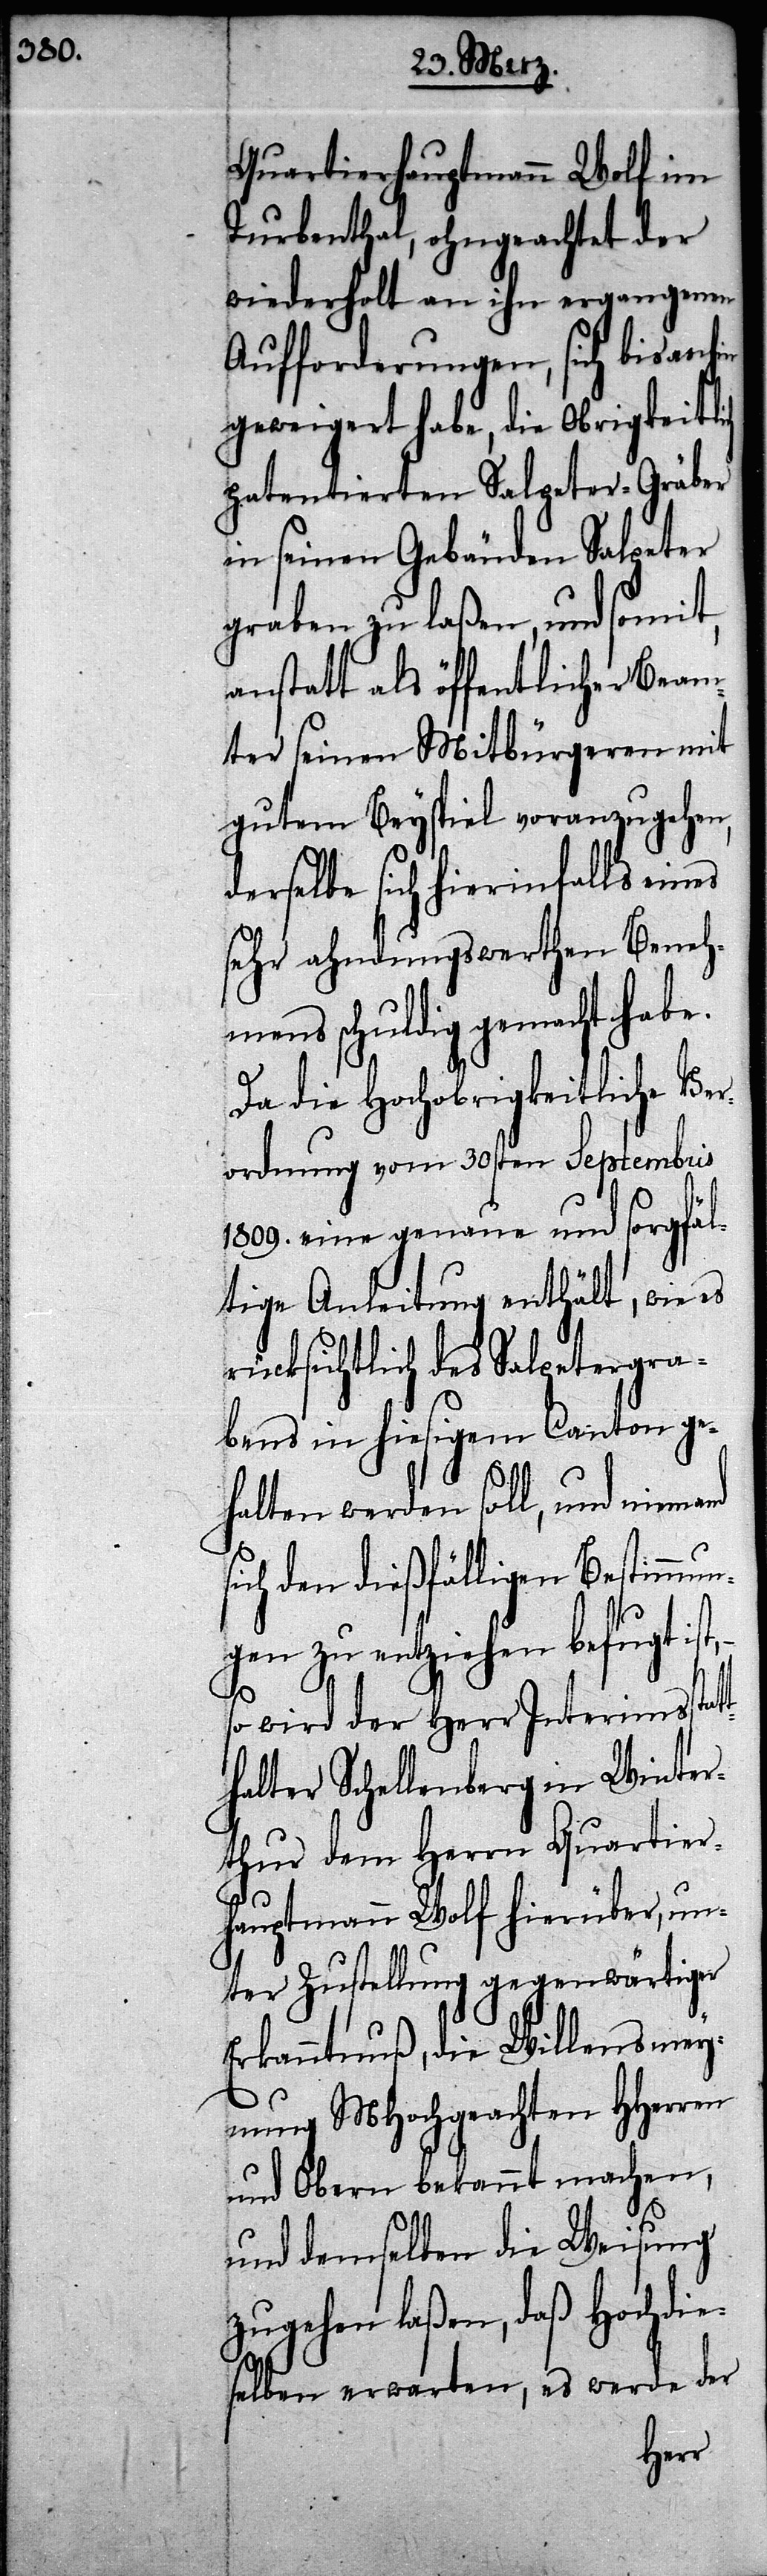
Quartierhauptmann Wolf im
Turbenthal, ohngeachtet der
wiederholt an ihn ergangenen
Aufforderungen, sich bis anhin
geweigert habe, die Obrigkeitl¬
patentierten Salpeter-Gräber
in seinen Gebäuden Salpeter
graben zu laßen, und somit,
anstatt als öffentlicher Beam¬
ter seinen Mitbürgeren mit
gutem Beyspiel voranzugehen,
derselbe sich hierinfalls ein¬
sehr ahndungswerthen Beneh¬
mens schuldig gemacht habe.
Da die Hochobrigkeitliche Ver¬
ordnung vom 30sten Septembris
1809. eine genaue und sorgfäl¬
tige Anleitung enthält, wie es
rücksichtlich des Salpetergra¬
bens in hiesigem Canton ge¬
halten werden soll, und niemand
ich den dießfälligen Bestimmun¬
gen zu entziehen befugt ist,
s¬
so wird der Herr Interimsstat¬
thalter Schellenberg in Winter¬
thur dem Herrn Quartier¬
hauptmann Wolf hierüber, un¬
ter Zustellung gegenwärtiger
Erkanntnuß, die Willensmey¬
nung MHochgeachten HHerren
und Obern bekannt machen,
und demselben die Weisung
zugehen zu laßen, daß Hochdie¬
selben erwarten, es werde der